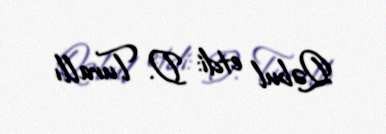
Qəbul etdi: D. Turallı